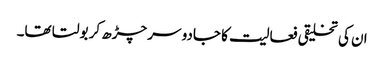
ان کی تخلیقی فعالیت کا جادو سر چڑھ کر بولتا تھا۔